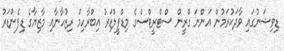
ޑިވިޝަނުގައި ވާދަކުރަމުން އަންނަ ގްރީން ސްޓްރީޓްސްގެ މިޑްފީލްޑަރު އިބްރާހިމް ރިޒުހާނާއި މާޒިޔާގެ ޑިފެންޑަރު